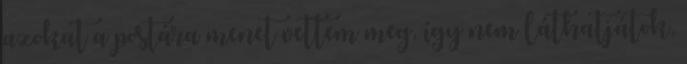
azokat a postára menet vettem meg, így nem láthatjátok,